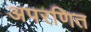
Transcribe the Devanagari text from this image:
अपरणित